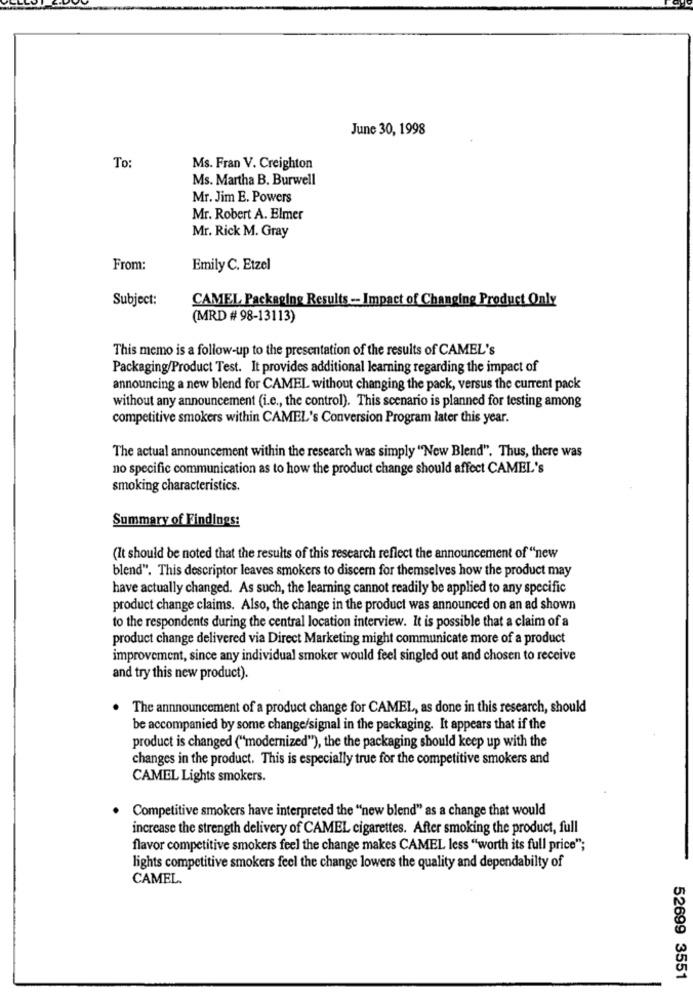
June 30, 1998
To
Ms. Fran V. Creighton
Ms. Martha B. Burwell
Mr. Jim E. Powers
Mr. Robert A. Elmer
Mr. Rick M. Gray
From:
Emily C. Etzel
Subject:
CAMEL Packaging Results - Impact of Changing Product Only
(MRD # 98-13113)
This memo is a follow-up to the presentation of the results of CAMEL's
Packaging/Product Test. It provides additional learning regarding the impact of
announcing a new blend for CAMEL without changing the pack, versus the current pack
without any announcement (i.e ., the control). This scenario is planned for testing among
competitive smokers within CAMEL's Conversion Program later this year.
The actual announcement within the research was simply "New Blend". Thus, there was
no specific communication as to how the product change should affect CAMEL's
smoking characteristics.
Summary of Findings:
(It should be noted that the results of this research reflect the announcement of "new
blend". This descriptor leaves smokers to discern for themselves how the product may
have actually changed. As such, the learning cannot readily be applied to any specific
product change claims. Also, the change in the product was announced on an ad shown
to the respondents during the central location interview. It is possible that a claim of a
product change delivered via Direct Marketing might communicate more of a product
improvement, since any individual smoker would feel singled out and chosen to receive
and try this new product).
The announcement of a product change for CAMEL, as done in this research, should
be accompanied by some change/signal in the packaging. It appears that if the
product is changed ("modernized"), the the packaging should keep up with the
changes in the product. This is especially true for the competitive smokers and
CAMEL Lights smokers.
Competitive smokers have interpreted the "new blend" as a change that would
increase the strength delivery of CAMEL cigarettes. After smoking the product, full
flavor competitive smokers feel the change makes CAMEL less "worth its full price";
lights competitive smokers feel the change lowers the quality and dependabilty of
CAMEL.
52699 3551